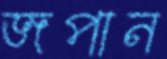
জপান